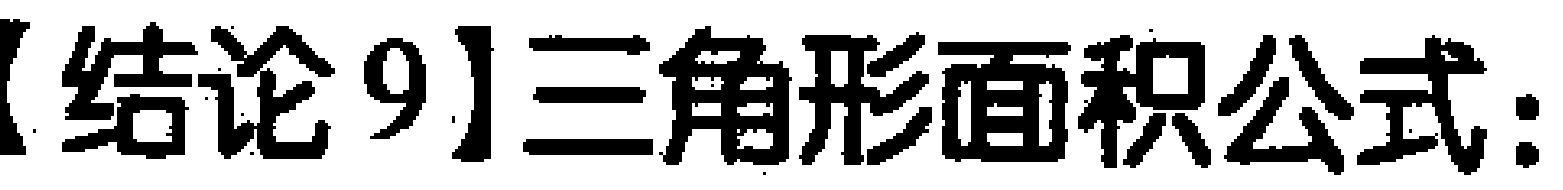
【结论9】三角形面积公式：